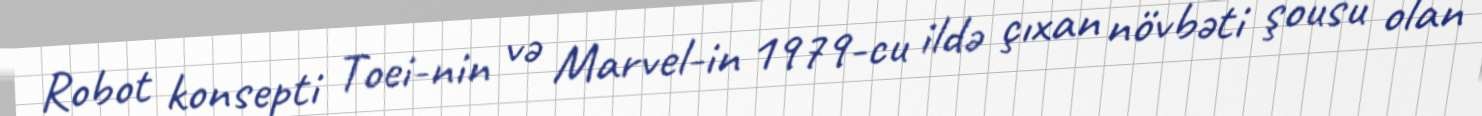
Robot konsepti Toei-nin və Marvel-in 1979-cu ildə çıxan növbəti şousu olan